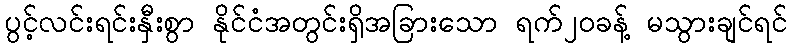
ပွင့်လင်းရင်းနှီးစွာ နိုင်ငံအတွင်းရှိအခြားသော ရက်၂၀ခန့် မသွားချင်ရင်